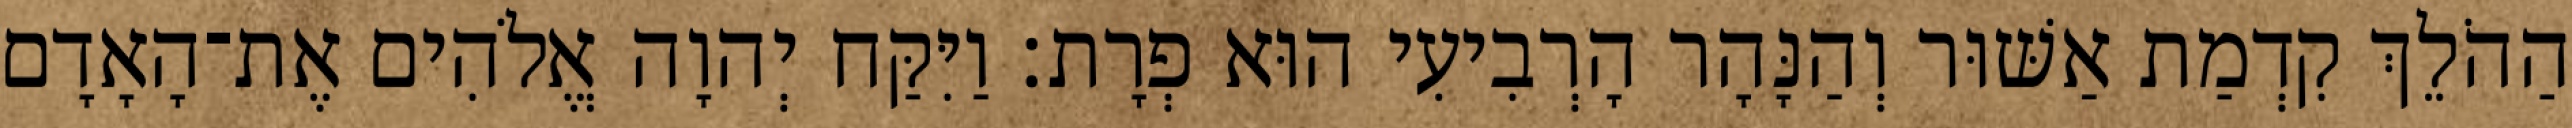
הַהֹלֵךְ קִדְמַת אַשּׁוּר וְהַנָּהָר הָרְבִיעִי הוּא פְרָת׃ וַיִּקַּח יְהוָה אֱלֹהִים אֶת־הָאָדָם